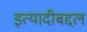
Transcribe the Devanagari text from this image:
इत्यादीबद्दल